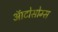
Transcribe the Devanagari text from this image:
ऑटोसोम्स